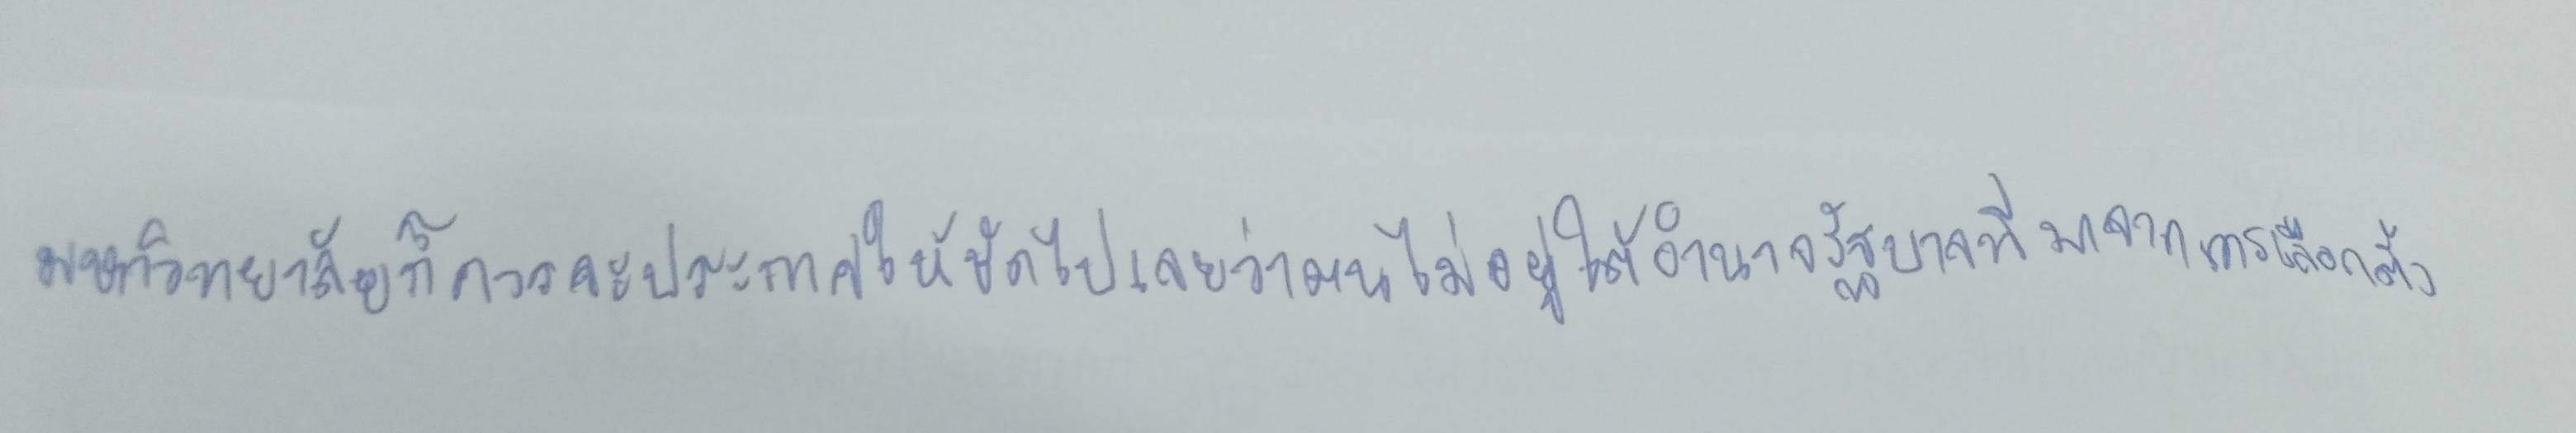
มหาวิทยาลัยก็ควรจะประกาศให้ชัดไปเลยว่าตนไม่อยู่ใต้อำนาจรัฐบาลที่มาจากการเลือกตั้ง